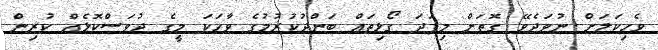
ވެހިކަލަށް ނުވަދެވޭ ގޮތަށް މިފަދަ ގޯޅިތައް ބަންދުކުރުމުގެ ވާހަކަ މީގެ ދުވަސްކޮޅެއް ކުރިން